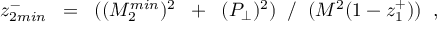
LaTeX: z _ { 2 m i n } ^ { - } \; \; = \; \; ( ( M _ { 2 } ^ { m i n } ) ^ { 2 } \; \; + \; \; ( P _ { \perp } ) ^ { 2 } ) \; \; / \; \; ( M ^ { 2 } ( 1 - z _ { 1 } ^ { + } ) ) \; \; ,